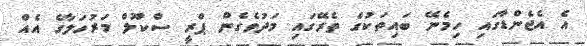
އެ އެޖެންޑާގައި ހިމެނޭ ބައިތަކުގެ ތެރޭގައި މަދުވެގެން ޕްރީ ސްކޫލް މަރުހަލާގެ އެއް